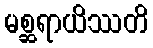
မစ္ဆရာယိဿတိ